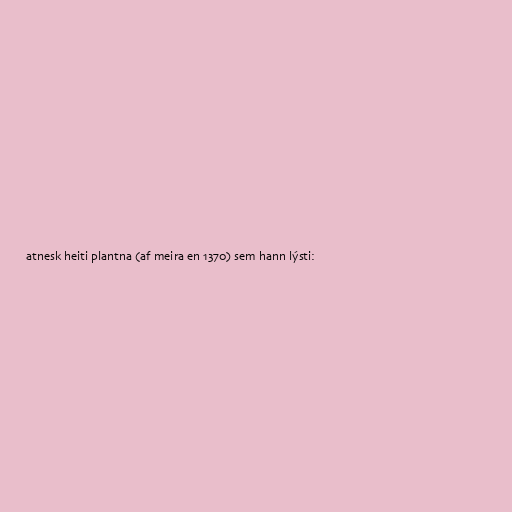
atnesk heiti plantna (af meira en 1370) sem hann lýsti: